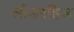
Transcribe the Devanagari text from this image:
लौडरहिल